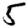
Digit: 5